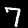
Digit: 7